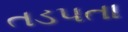
તડપતા